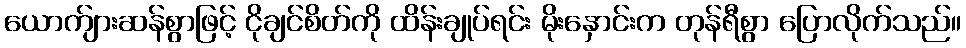
ယောက်ျားဆန်စွာဖြင့် ငိုချင်စိတ်ကို ထိန်းချုပ်ရင်း မိုးနှောင်းက တုန်ရီစွာ ပြောလိုက်သည်။